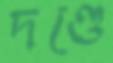
দণ্ডে